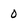
Character: 0